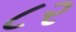
૮ર